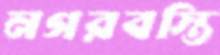
নগরবস্তি